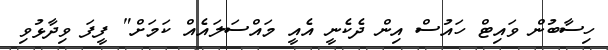
ހިސާބުން ވައިޓް ހައުސް އިން ދެކެނީ އެއީ މައްސަލައެއް ކަމަށް" ފީފަ ވިދާޅުވި